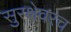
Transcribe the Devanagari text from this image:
सुरक्षेवरच